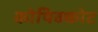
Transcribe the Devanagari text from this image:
कोषिक्कोट